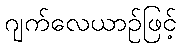
ဂျက်လေယာဉ်ဖြင့်